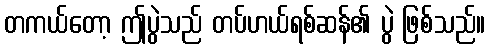
တကယ်တော့ ဤပွဲသည် တပ်ဟယ်ရစ်ဆန်၏ ပွဲ ဖြစ်သည်။